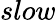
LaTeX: slow